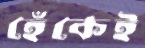
হেঁকেই